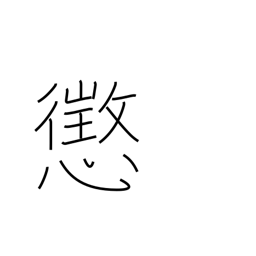
Meaning: discipline